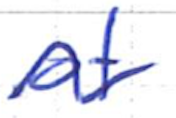
Text: of
Cross-out: wave
Writing tool: ballpoint